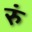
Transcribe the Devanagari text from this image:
रुं